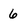
Character: 6